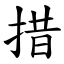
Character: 措